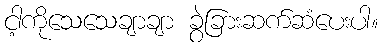
ငါ့ကိုသေသေချာချာ ခွဲခြားဆက်ဆံပေးပါ။